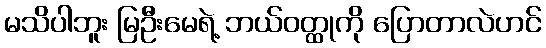
မသိပါဘူး မြဦးမေရဲ့ ဘယ်ဝတ္ထုကို ပြောတာလဲဟင်